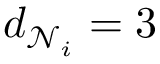
d _ { \mathcal { N } _ { i } } = 3